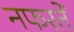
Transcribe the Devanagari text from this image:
नफरतें